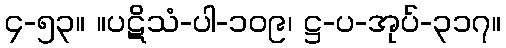
၄-၅၃။ ။ပဋိသံ-ပါ-၁၀၉၊ ဋ္ဌ-ပ-အုပ်-၃၁၇။